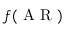
f ( \textrm { A R } )